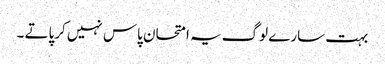
بہت سارے لوگ یہ امتحان پاس نہیں کرپاتے ۔